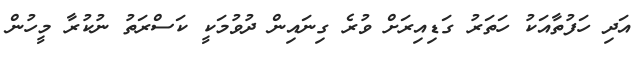
އަދި ހަފުތާއަކު ހަތަރު ގަޑިއިރަށް ވުރެ ގިނައިން ދުވުމަކީ ކަސްރަތު ނުކުރާ މީހުން